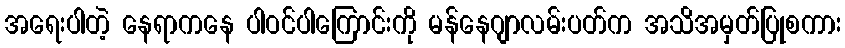
အရေးပါတဲ့ နေရာကနေ ပါဝင်ပါကြောင်းကို မန်နေဂျာလမ်းပတ်က အသိအမှတ်ပြုစကား